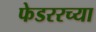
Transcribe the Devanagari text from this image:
फेडररच्या